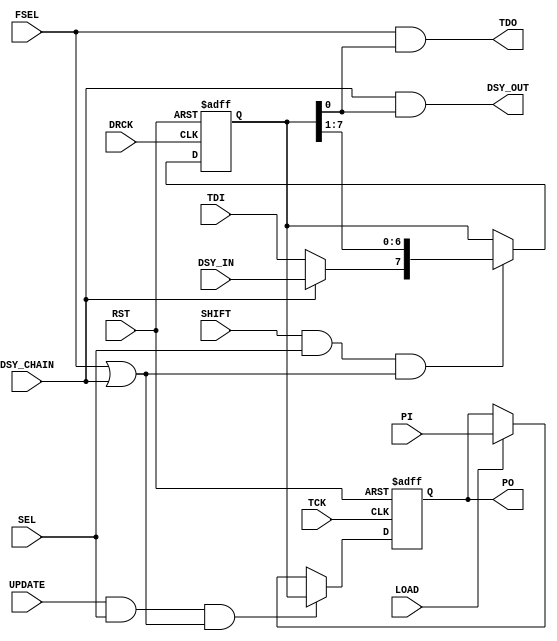
`timescale 1ns / 1ps
//////////////////////////////////////////////////////////////////////////////////
// Company: The Ohio State University
// 
// Design Name:    JTAG
// Module Name:    usr_wr_reg 
// Project Name: 
// Target Devices: 
// Tool versions: 
// Description: 
//
//   Serial in parallel out (sipo) shift register with parameterized width and default value.
//   Can be used in two modes: 1) as an individual shift register using FSEL, TDI, and TDO or
//                             2) daisy chained with other instances to form a long shift register
//                                with a common update (useing DSY_CHAIN, DSY_IN, and DSY_OUT)
//
// Dependencies: 
//
// Revision: 
// Revision 0.01 - File Created
// Additional Comments: 
//
//////////////////////////////////////////////////////////////////////////////////
module user_wr_reg #(
  parameter width = 8,
  parameter def_value = 8'h00,
  parameter TMR = 0
  )(
  input TCK,         // TCK for update register
  input DRCK,        // Data Reg Clock
  input FSEL,        // Function select
  input SEL,         // User mode active
  input TDI,         // Serial Test Data In
  input DSY_IN,      // Serial Daisy chained data in
  input SHIFT,       // Shift state
  input UPDATE,      // Update state
  input RST,         // Reset default state
  input DSY_CHAIN,   // Daisy chain mode
  input LOAD,        // Load parallel input
  input [width-1:0]  PI,         // Parallel input
  output [width-1:0]  PO,         // Parallel output
  output TDO,        // Serial Test Data Out
  output DSY_OUT);   // Daisy chained serial data out
  

  reg[width-1:0] d;
  wire din,ce;
  wire sel_update;
  
  assign TDO     = FSEL & d[0];
  assign DSY_OUT = DSY_CHAIN & d[0];
  assign din     = DSY_CHAIN ? DSY_IN : TDI;
  assign ce      = SHIFT & SEL & (FSEL | DSY_CHAIN);
  assign sel_update      = UPDATE & SEL & (FSEL | DSY_CHAIN);
  
  always @(posedge DRCK or posedge RST) begin // intermediate shift register
    if(RST)
	   d <= def_value;           // default
    else
	   if(ce)
	     d <= {din,d[width-1:1]}; // Shift right
		else
		  d <= d;                  // Hold
  end
  
generate
if(TMR==1) 
begin : usr_wr_reg_TMR
  (* syn_preserve = "true" *) reg [width-1:0] par_out_1;
  (* syn_preserve = "true" *) reg [width-1:0] par_out_2;
  (* syn_preserve = "true" *) reg [width-1:0] par_out_3;
  
  (* syn_keep = "true" *) wire [width-1:0] voted_par_out_1;
  (* syn_keep = "true" *) wire [width-1:0] voted_par_out_2;
  (* syn_keep = "true" *) wire [width-1:0] voted_par_out_3;
  
  assign voted_par_out_1 = (par_out_1 & par_out_2) | (par_out_2 & par_out_3) | (par_out_1 & par_out_3); // Majority logic
  assign voted_par_out_2 = (par_out_1 & par_out_2) | (par_out_2 & par_out_3) | (par_out_1 & par_out_3); // Majority logic
  assign voted_par_out_3 = (par_out_1 & par_out_2) | (par_out_2 & par_out_3) | (par_out_1 & par_out_3); // Majority logic
  
  always @(posedge TCK or posedge RST) begin  // Parallel output register
    if(RST) begin
	   par_out_1 <= def_value;
	   par_out_2 <= def_value;
	   par_out_3 <= def_value;
	 end
	 else
	   if(sel_update) begin
        par_out_1 <= d;
        par_out_2 <= d;
        par_out_3 <= d;
		end
	   else if(LOAD) begin
        par_out_1 <= PI;
        par_out_2 <= PI;
        par_out_3 <= PI;
		end
		else begin
		  par_out_1 <= voted_par_out_1;
		  par_out_2 <= voted_par_out_2;
		  par_out_3 <= voted_par_out_3;
		end
  end

  assign PO = voted_par_out_1;
end
else 
begin : usr_wr_reg_notmr
  reg [width-1:0] par_out;
  
  always @(posedge TCK or posedge RST) begin  // Parallel output register
    if(RST)
	   par_out <= def_value;
	 else
	   if(sel_update)
        par_out <= d;
	   else if(LOAD)
        par_out <= PI;
		else
		  par_out <= par_out;
  end

  assign PO = par_out;
end
endgenerate

endmodule